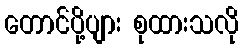
တောင်ပို့ပျား စုထားသလို